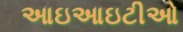
આઇઆઇટીઓ